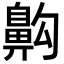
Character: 𪖙